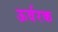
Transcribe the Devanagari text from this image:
ऊर्वरक